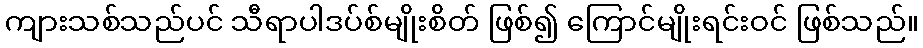
ကျားသစ်သည်ပင် သီရာပါဒပ်စ်မျိုးစိတ် ဖြစ်၍ ကြောင်မျိုးရင်းဝင် ဖြစ်သည်။